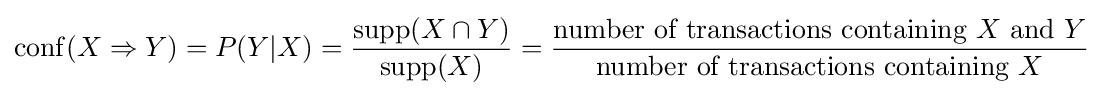
\mathrm {conf} (X\Rightarrow Y)=P(Y|X)={\frac {\mathrm {supp} (X\cap Y)}{\mathrm {supp} (X)}}={\frac {{\text{number of transactions containing }}X{\text{ and }}Y}{{\text{number of transactions containing }}X}}